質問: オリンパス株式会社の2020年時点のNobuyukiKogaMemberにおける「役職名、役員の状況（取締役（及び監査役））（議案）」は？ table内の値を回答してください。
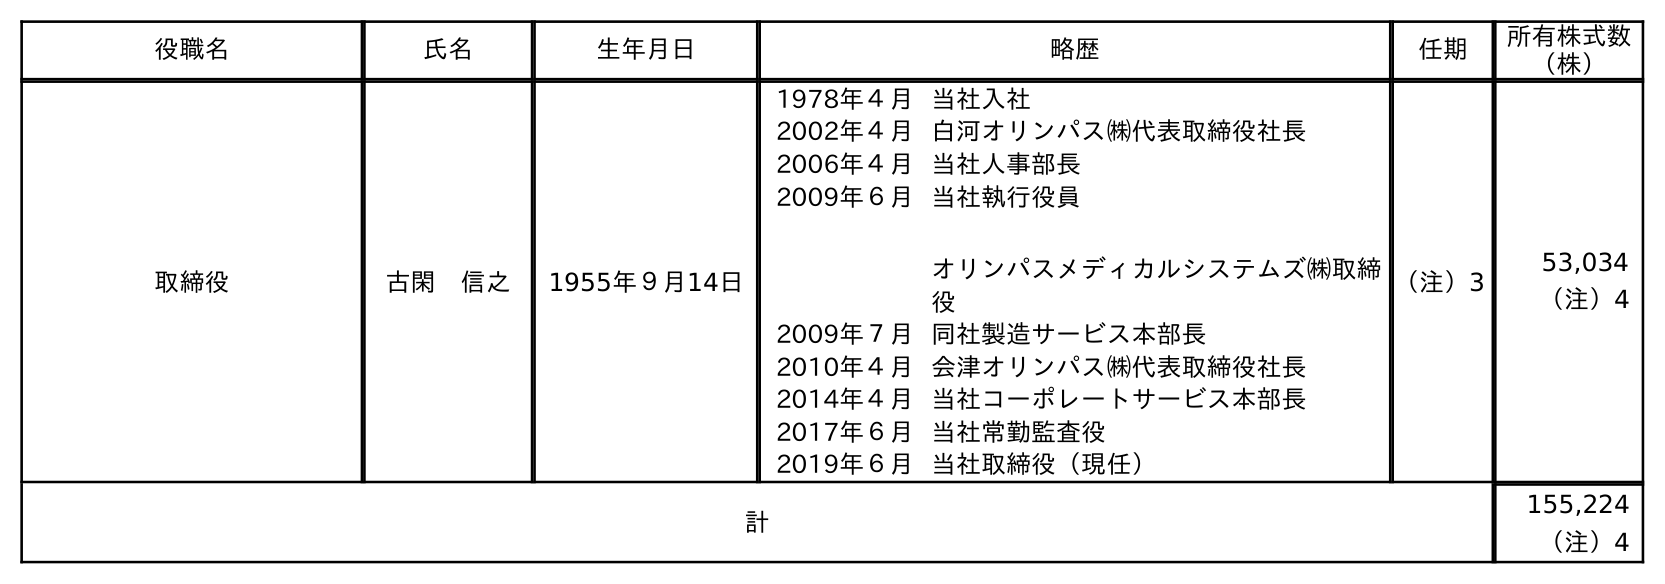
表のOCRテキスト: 役職名 氏名 生年月日 略歴 任期 所有株式数 （株） 取締役 古閑 信之 1955年９月14日 1978年４月当社入社 2002年４月白河オリンパス㈱代表取締役社長 2006年４月当社人事部長 2009年６月当社執行役員 オリンパスメディカルシステムズ㈱取締 役 2009年７月同社製造サービス本部長 2010年４月会津オリンパス㈱代表取締役社長 2014年４月当社コーポレートサービス本部長 2017年６月当社常勤監査役 2019年６月当社取締役（現任） （注）3 53,034 （注）4 計 155,224 （注）4
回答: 取締役